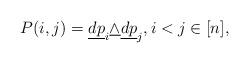
LaTeX: \begin{align*}P(i,j)=\underline{dp}_i\underline\wedge\underline{dp}_j, i<j\in[n], \end{align*}